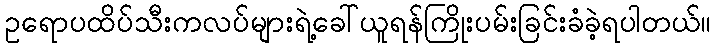
ဥရောပထိပ်သီးကလပ်များရဲ့ခေါ်ယူရန်ကြိုးပမ်းခြင်းခံခဲ့ရပါတယ်။